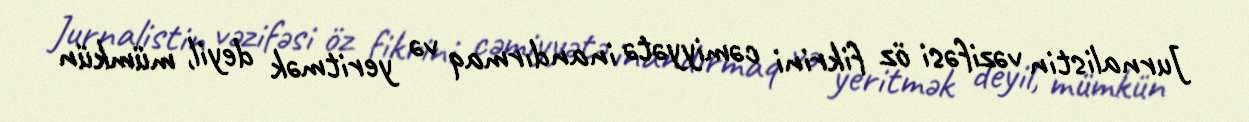
Jurnalistin vəzifəsi öz fikrini cəmiyyətə inandırmaq və yeritmək deyil, mümkün